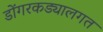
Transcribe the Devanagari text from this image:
डोंगरकड्यालगत